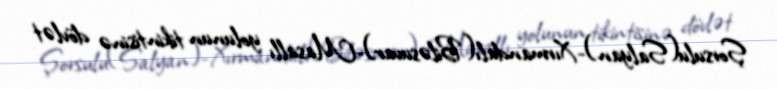
Şorsulu(Salyan)-Xırmandalı(Biləsuvar)-Masallı yolunun tikintisinə dövlət